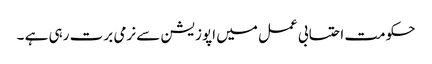
حکومت احتسابی عمل میں اپوزیشن سے نرمی برت رہی ہے ۔